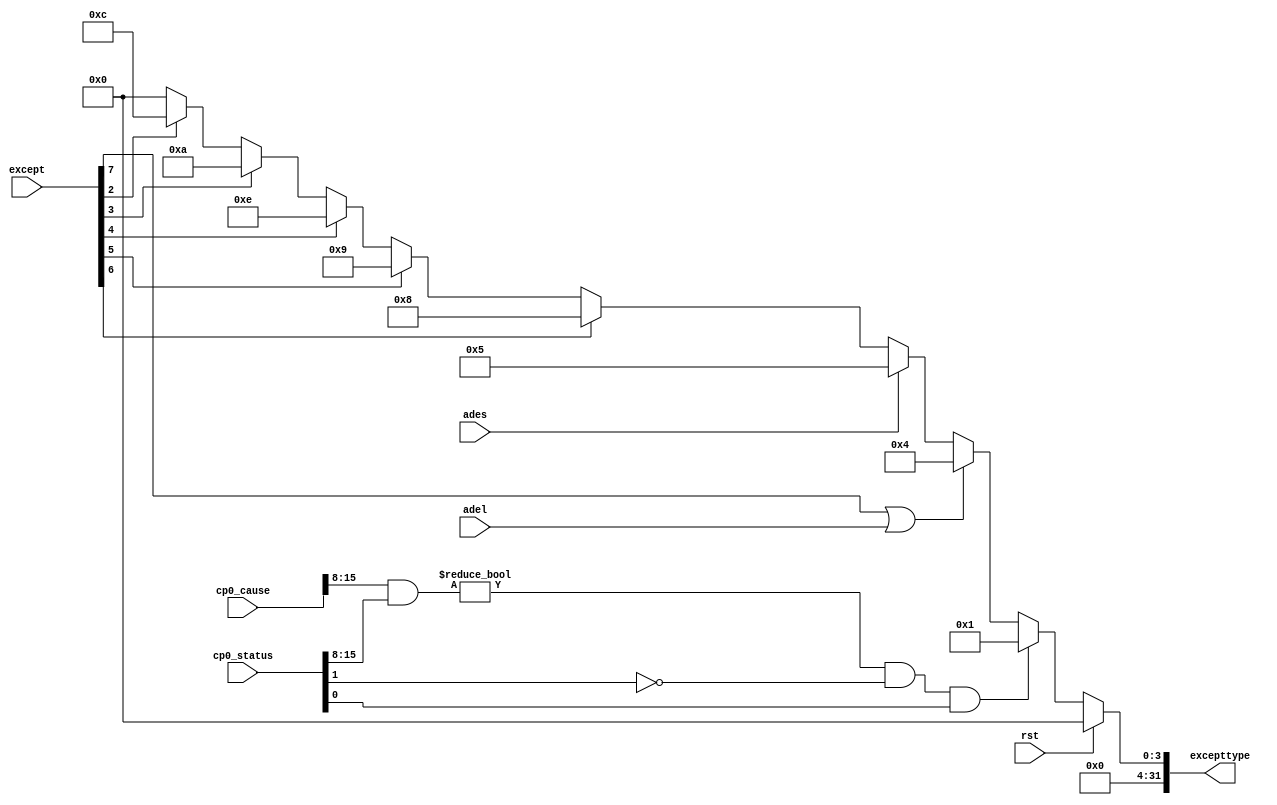
`timescale 1ns / 1ps
//////////////////////////////////////////////////////////////////////////////////
// Company: 
// Engineer: 
// 
// Design Name: 
// Module Name: exception
// Project Name: 
// Target Devices: 
// Tool Versions: 
// Description: 
// 
// Dependencies: 
// 
// Revision:
// Revision 0.01 - File Created
// Additional Comments:
// 
//////////////////////////////////////////////////////////////////////////////////



module exception(
	input wire rst,
	input wire[7:0] except,
	input wire adel,ades,
	input wire[31:0] cp0_status,cp0_cause,
	output reg[31:0] excepttype
    );

	always @(*) begin
		if(rst) begin
			/* code */
			excepttype <= 32'b0;
		end else begin 
			excepttype <= 32'b0;
			if(((cp0_cause[15:8] & cp0_status[15:8]) != 8'h00) &&
				 	(cp0_status[1] == 1'b0) && (cp0_status[0] == 1'b1)) begin
				/* code */
				excepttype <= 32'h00000001;
			end else if(except[7] == 1'b1 || adel) begin
				/*  */
				excepttype <= 32'h00000004;
			end else if(ades) begin
				/*  */
				excepttype <= 32'h00000005;
			end else if(except[6] == 1'b1) begin
				/* _sys */
				excepttype <= 32'h00000008;
			end else if(except[5] == 1'b1) begin
				/* _break */
				excepttype <= 32'h00000009;
			end else if(except[4] == 1'b1) begin
				/* _eret */
				excepttype <= 32'h0000000e;
			end else if(except[3] == 1'b1) begin
				/* _invalid */
				excepttype <= 32'h0000000a;
			end else if(except[2] == 1'b1) begin
				/* ov */
				excepttype <= 32'h0000000c;
			end
		end
	end
	
endmodule